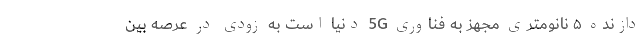
دازنده ۵ نانومتری مجهز به فناوری 5G دنیا است به زودی در عرصه بین‌